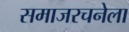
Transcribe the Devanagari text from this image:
समाजरचनेला